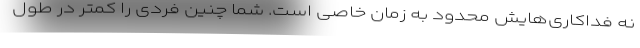
نه فداکاری‌هایش محدود به زمان خاصی است. شما چنین فردی را کمتر در طول